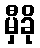
မှီခို